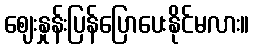
ဈေးနှုန်းပြန်ပြောပေးနိုင်မလား။